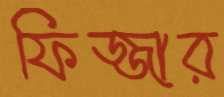
ফিজ্জার